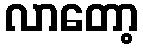
လာတော့